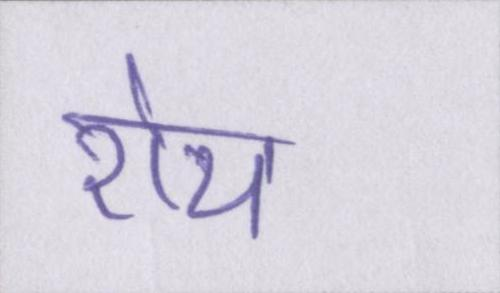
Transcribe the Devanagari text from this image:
रोय